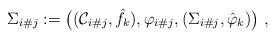
LaTeX: \begin{align*}\Sigma_{i\#j}:=\big( (\mathcal{C}_{i\#j},\hat{f}_k),\varphi_{i\#j},(\Sigma_{i\#j},\hat{\varphi}_k) \big) \ , \end{align*}